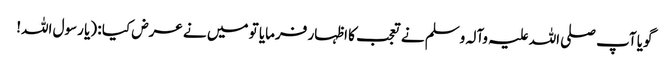
گویا آپ صلی اللہ علیہ وآلہ وسلم نے تعجب کا اظہار فرمایا تو میں نے عرض کیا : (یا رسول اللہ!